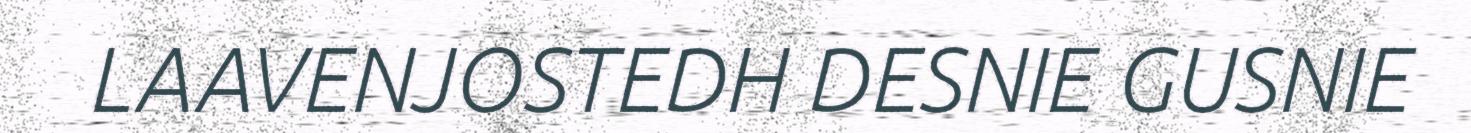
LAAVENJOSTEDH DESNIE GUSNIE